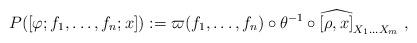
LaTeX: \begin{align*}P([\varphi;f_1,\dots,f_n;x]):= \varpi(f_1,\dots,f_n)\circ\theta^{-1}\circ\widehat{[\rho,x]}^{}_{X_1\dots X_m}\ ,\end{align*}